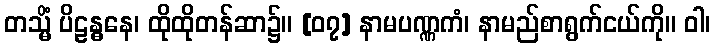
တသ္မိံ ပိဠန္ဓနေ၊ ထိုထိုတန်ဆာ၌။ [၀၇] နာမပဏ္ဏကံ၊ နာမည်စာရွက်ငယ်ကို။ ဝါ၊